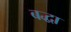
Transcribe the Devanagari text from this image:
बद्धा